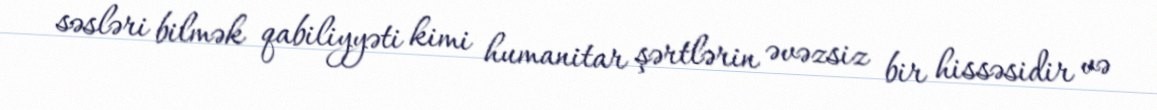
səsləri bilmək qabiliyyəti kimi humanitar şərtlərin əvəzsiz bir hissəsidir və